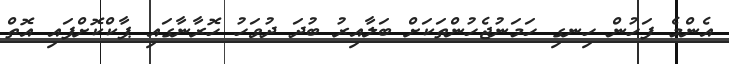
އެންމެ ފަހުން ހިނގި ހަމަނުޖެހުންތަކަށް ބަލާއިރު ބުދަ ދުވަހު ހޮރާނާގައި ޕާކްކޮށްފައި އޮތް